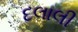
દલાલી